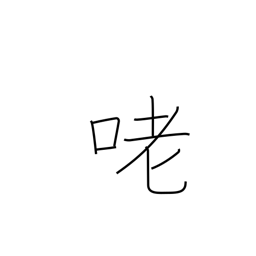
Meaning: voice